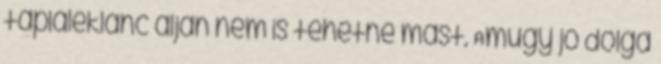
tápláléklánc alján nem is tehetne mást. Amúgy jó dolga